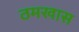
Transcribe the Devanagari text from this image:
ठमखास